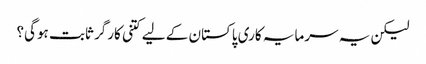
لیکن یہ سرمایہ کاری پاکستان کے لیے کتنی کارگر ثابت ہوگی؟